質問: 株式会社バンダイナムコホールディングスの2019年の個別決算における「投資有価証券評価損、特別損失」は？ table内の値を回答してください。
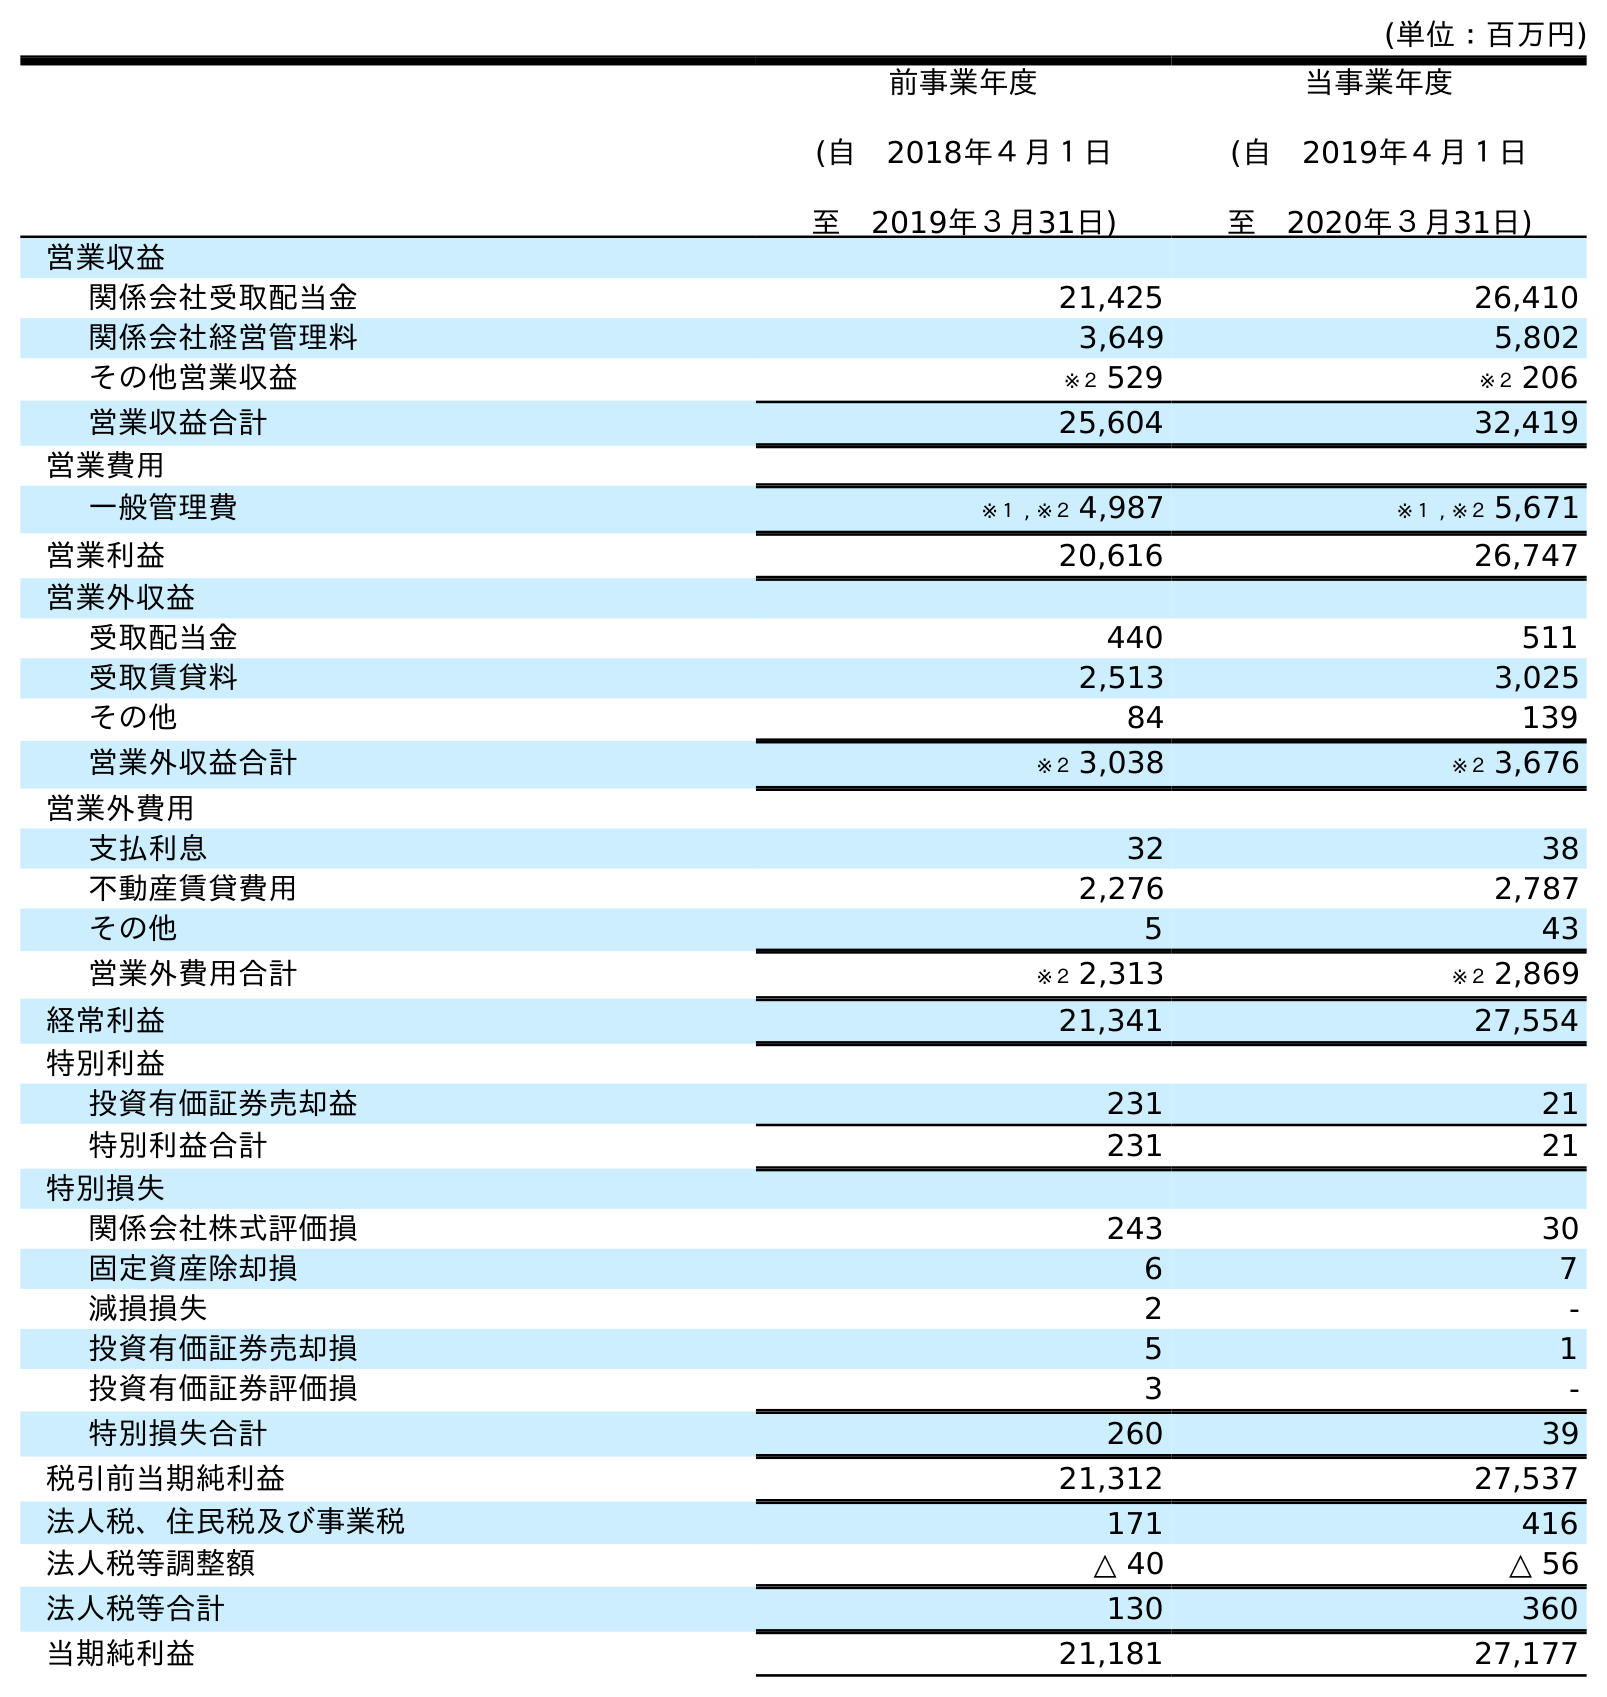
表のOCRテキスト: (単位：百万円) 前事業年度 (自 2018年４月１日 至 2019年３月31日) 当事業年度 (自 2019年４月１日 至 2020年３月31日) 営業収益 関係会社受取配当金 21,425 26,410 関係会社経営管理料 3,649 5,802 その他営業収益 ※２ 529 ※２ 206 営業収益合計 25,604 32,419 営業費用 一般管理費 ※１ , ※２ 4,987 ※１ , ※２ 5,671 営業利益 20,616 26,747 営業外収益 受取配当金 440 511 受取賃貸料 2,513 3,025 その他 84 139 営業外収益合計 ※２ 3,038 ※２ 3,676 営業外費用 支払利息 32 38 不動産賃貸費用 2,276 2,787 その他 5 43 営業外費用合計 ※２ 2,313 ※２ 2,869 経常利益 21,341 27,554 特別利益 投資有価証券売却益 231 21 特別利益合計 231 21 特別損失 関係会社株式評価損 243 30 固定資産除却損 6 7 減損損失 2 - 投資有価証券売却損 5 1 投資有価証券評価損 3 - 特別損失合計 260 39 税引前当期純利益 21,312 27,537 法人税、住民税及び事業税 171 416 法人税等調整額 △ 40 △ 56 法人税等合計 130 360 当期純利益 21,181 27,177
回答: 3